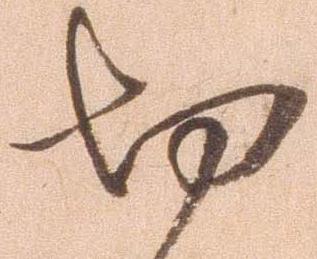
切